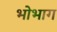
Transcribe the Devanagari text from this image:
भोभाग